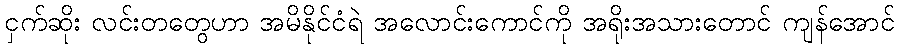
ငှက်ဆိုး လင်းတတွေဟာ အမိနိုင်ငံရဲ အလောင်းကောင်ကို အရိုးအသားတောင် ကျန်အောင်